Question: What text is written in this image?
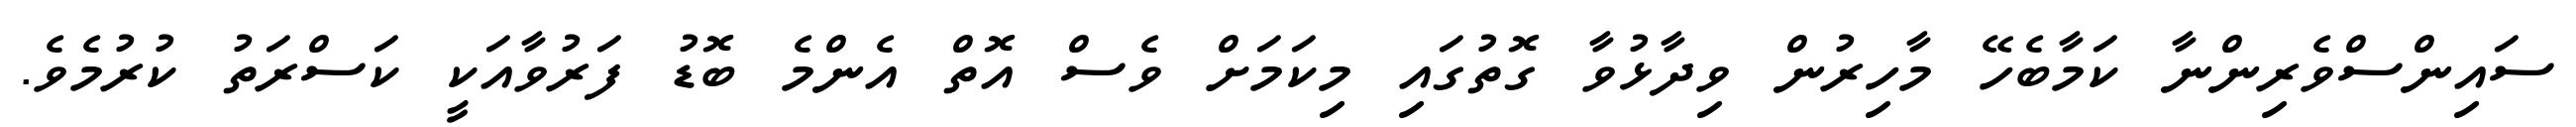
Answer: ސައިންސްވެރިންނާ ކަމާބެހޭ މާހިރުން ވިދާޅުވާ ގޮތުގައި މިކަމަށް ވެސް އޮތް އެންމެ ބޮޑު ފަރުވާއަކީ ކަސްރަތު ކުރުމެވެ.